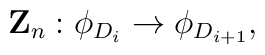
{\bf Z}_n: \phi_{D_i} \rightarrow \phi_{D_{i+1}},